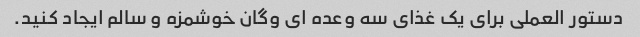
دستور العملی برای یک غذای سه وعده ای وگان خوشمزه و سالم ایجاد کنید.